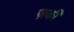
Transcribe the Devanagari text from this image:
ज़की